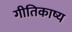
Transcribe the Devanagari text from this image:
गीतिकाष्य